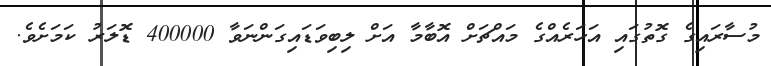
މުސާރައިގެ ގޮތުގައި އަހަރެއްގެ މައްޗަށް އޮބާމާ އަށް ލިބިވަޑައިގަންނަވާ 400000 ޑޮލަރު ކަމަށެވެ.